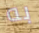
به